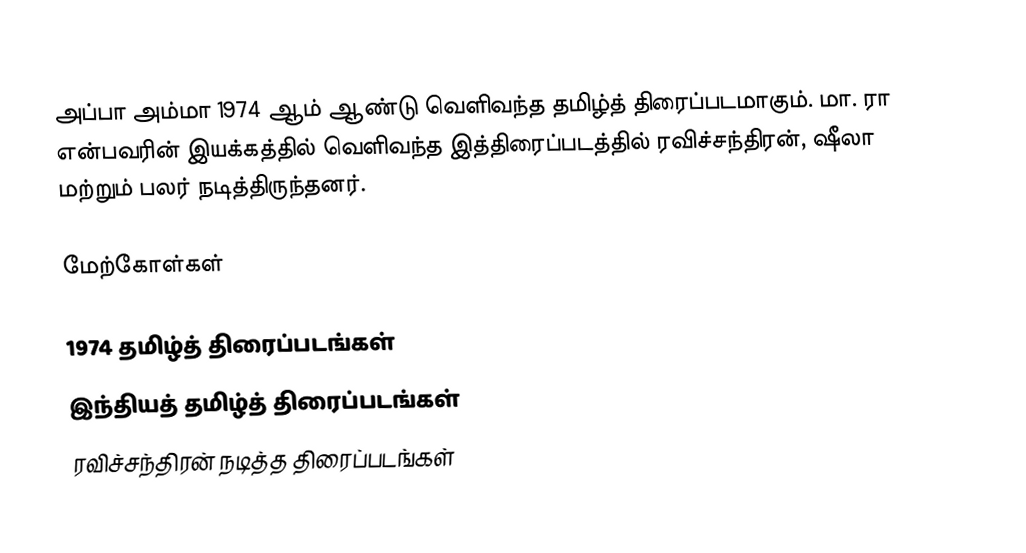
அப்பா அம்மா 1974 ஆம் ஆண்டு வெளிவந்த தமிழ்த் திரைப்படமாகும். மா. ரா என்பவரின் இயக்கத்தில் வெளிவந்த இத்திரைப்படத்தில் ரவிச்சந்திரன், ஷீலா மற்றும் பலர் நடித்திருந்தனர்.

மேற்கோள்கள்

1974 தமிழ்த் திரைப்படங்கள்
இந்தியத் தமிழ்த் திரைப்படங்கள்
ரவிச்சந்திரன் நடித்த திரைப்படங்கள்